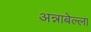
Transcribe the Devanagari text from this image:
अन्नाबेल्ला